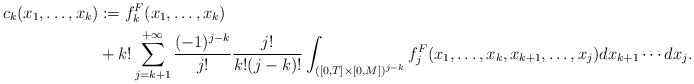
\begin{align*}c_k(x_1,\ldots,x_k)&:= f_k^F(x_1,\ldots,x_k) \\&+ {k!} \sum_{j=k+1}^{+\infty} \frac{(-1)^{j-k}}{j!} \frac{j!}{{k!}(j-k)!}\int_{([0,T]\times[0,M])^{j-k}} f_j^F(x_1,\ldots,x_k,x_{k+1},\ldots,x_{j}) dx_{k+1} \cdots dx_j.\end{align*}